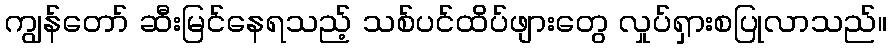
ကျွန်တော် ဆီးမြင်နေရသည့် သစ်ပင်ထိပ်ဖျားတွေ လှုပ်ရှားစပြုလာသည်။